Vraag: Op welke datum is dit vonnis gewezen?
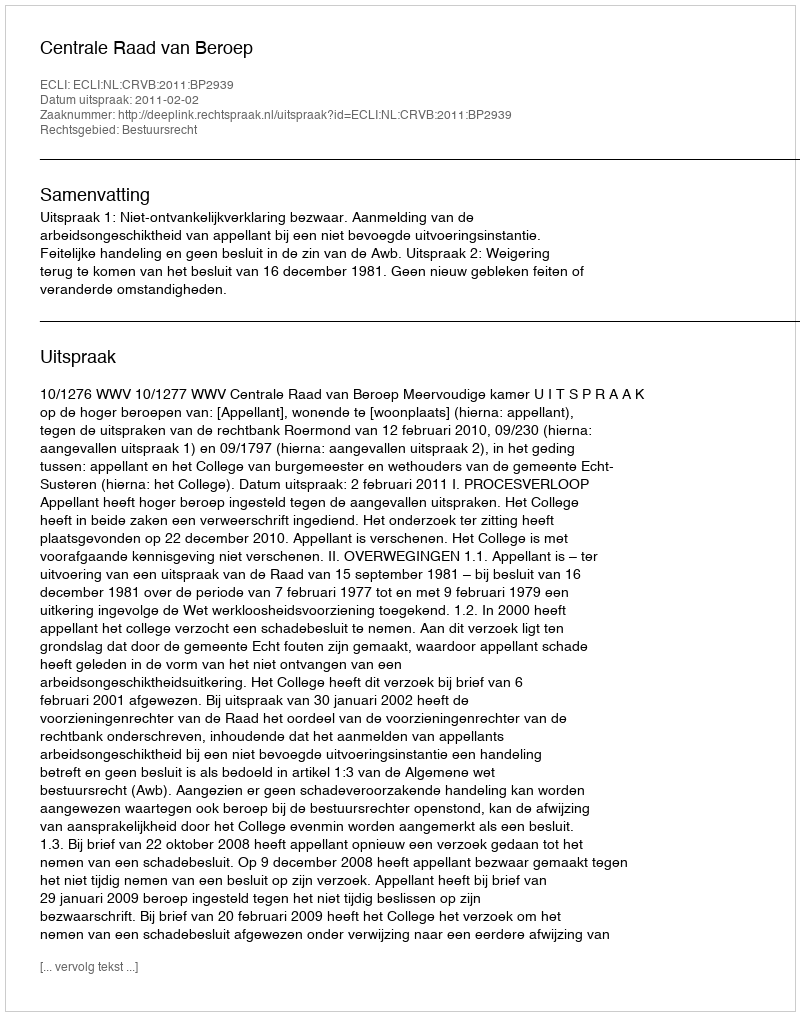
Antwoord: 2011-02-02